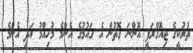
ތުރުކީގެ ޖިއޮގްރަފީ އޮންނަ ގޮތުން އެ ގައުމުގެ އެންމެ މުހިއްމު އަދި އެންމެ